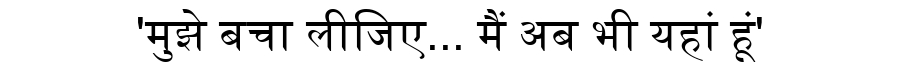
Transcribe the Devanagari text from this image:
'मुझे बचा लीजिए... मैं अब भी यहां हूं'